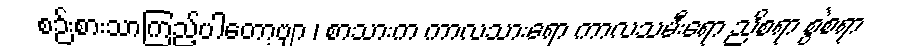
စဉ်းစားသာကြည့်ပါတော့ဗျာ ၊ စာသားက ကာလသားရော ကာလသမီးရော ညိစရာ စွဲစရာ